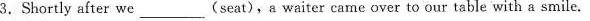
3.Shortly after we___(seat), a waiter came over to our table with a smile.